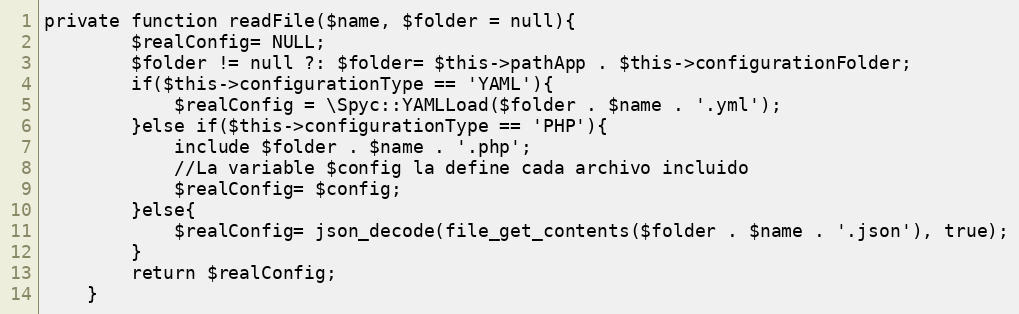
Language: PHP
private function readFile($name, $folder = null){
        $realConfig= NULL;
        $folder != null ?: $folder= $this->pathApp . $this->configurationFolder;
        if($this->configurationType == 'YAML'){
            $realConfig = \Spyc::YAMLLoad($folder . $name . '.yml');
        }else if($this->configurationType == 'PHP'){
            include $folder . $name . '.php';
            //La variable $config la define cada archivo incluido
            $realConfig= $config;
        }else{
            $realConfig= json_decode(file_get_contents($folder . $name . '.json'), true);
        }
        return $realConfig;
    }